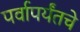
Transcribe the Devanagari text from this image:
पर्वापर्यंतचे